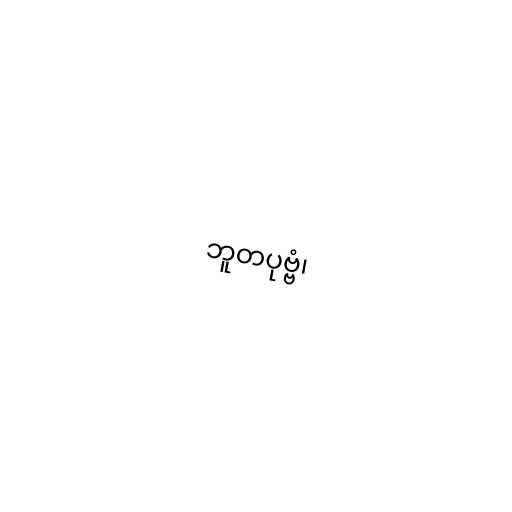
ဘူတပုဗ္ဗံ၊